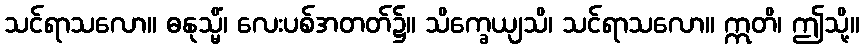
သင်ရာသလော။ ဓနုသ္မိံ၊ လေးပစ်အတတ်၌။ သိက္ခေယျသိ၊ သင်ရာသလော။ ဣတိ၊ ဤသို့။